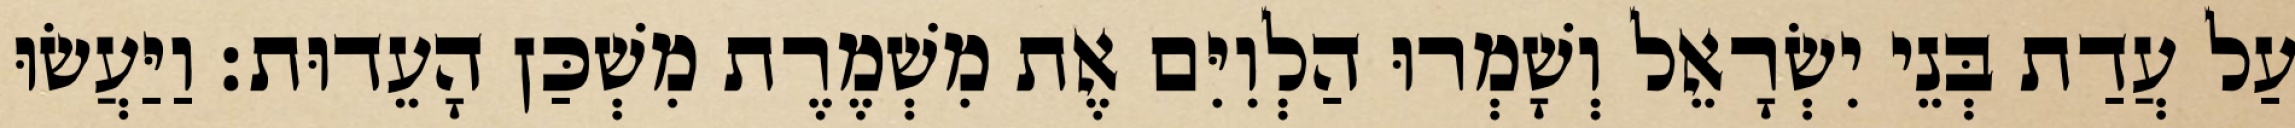
עַל עֲדַת בְּנֵי יִשְׂרָאֵל וְשָׁמְרוּ הַלְוִיִּם אֶת מִשְׁמֶרֶת מִשְׁכַּן הָעֵדוּת׃ וַיַּעֲשׂוּ